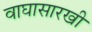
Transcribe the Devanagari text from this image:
वाघासारखी